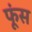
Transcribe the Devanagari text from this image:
फूंस